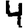
Digit: 4